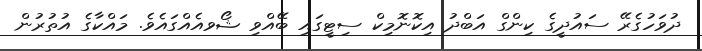
ދުވަހުގެރޭ ސައުދީގެ ކިންގް އަބްދު އިކޮނޮމިކް ސިޓީގައި ބޭއްވި ޝޯވއެއްގައެވެ. މައްކާގެ އުތުރުން